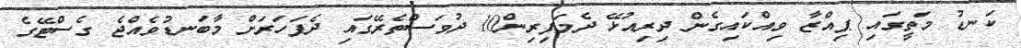
ކަނޑު މަތީގައި ޕިއްޒާ ވިއްކައިގެން ދިރިއުޅޭ ދެމަފިރިން10 ދުވަސްތެރޭގައި ދެފަހަރަށް މާބަނޑުވެއްޖެ ގެސްޓޭގެ